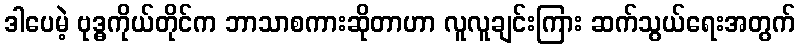
ဒါပေမဲ့ ဗုဒ္ဓကိုယ်တိုင်က ဘာသာစကားဆိုတာဟာ လူလူချင်းကြား ဆက်သွယ်ရေးအတွက်